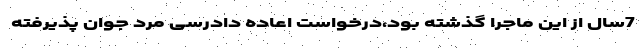
7سال از این ماجرا گذشته بود،درخواست اعاده دادرسی مرد جوان پذیرفته